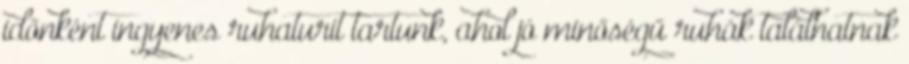
időnként ingyenes ruhaturit tartunk, ahol jó minőségű ruhák találhatnak